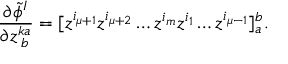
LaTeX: \frac { \partial \tilde { \phi } ^ { I } } { \partial z _ { \; b } ^ { k a } } = [ z ^ { i _ { \mu + 1 } } z ^ { i _ { \mu + 2 } } \ldots z ^ { i _ { m } } z ^ { i _ { 1 } } \ldots z ^ { i _ { \mu - 1 } } ] _ { a } ^ { b } .